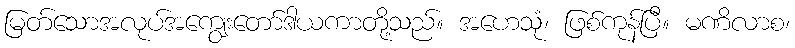
မြတ်သောအလုပ်အကျွေးတော်ဒါယကာတို့သည်။ အဟေသုံ၊ ဖြစ်ကုန်ပြီ။ မဏိလာစ၊